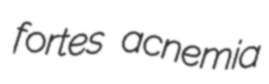
fortes acnemia